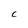
Character: C